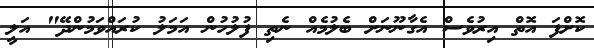
ކޮށްފަ އޮތް އިރުވެސް އެގާނޫނަށް ބެލުމެއް ނެތި ފުލުހުން އަމަލު ކުރައްވަމުންދޭ" އަލީ